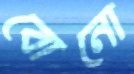
বোনো